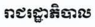
រាជរដ្ឋាភិបាល